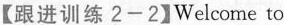
【跟进训练2-2】Welcome to